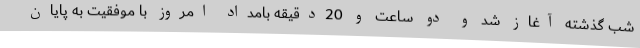
شب گذشته آغاز شد و دو ساعت و 20دقیقه بامداد امروز با موفقیت به پایان